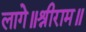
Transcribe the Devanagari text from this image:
लागे॥श्रीराम॥